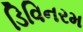
ડિવિનરમ